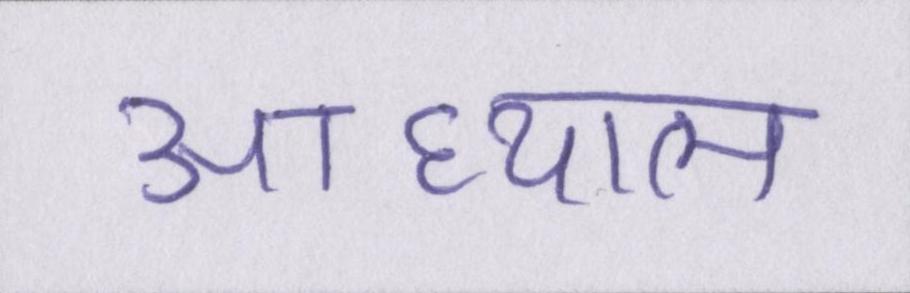
आध्यात्म